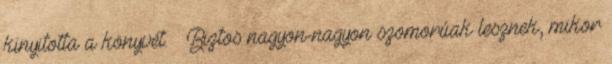
kinyitotta a könyvét. – Biztos nagyon-nagyon szomorúak lesznek, mikor